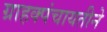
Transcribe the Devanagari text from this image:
ग्राहक्पंचायतीने